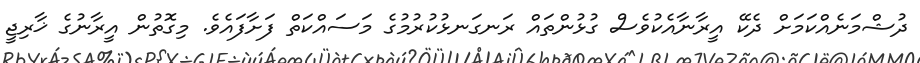
ދުޝްމަނެއްކަމަށް ދެކޭ އީރާނާއެކުވެސް ގުޅުންތައް ރަނގަނޅުކުރުމުގެ މަސައްކަތް ފަށާފައެވެ. މިގޮތުން އީރާނުގެ ޚާރިޖީ